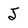
Character: J